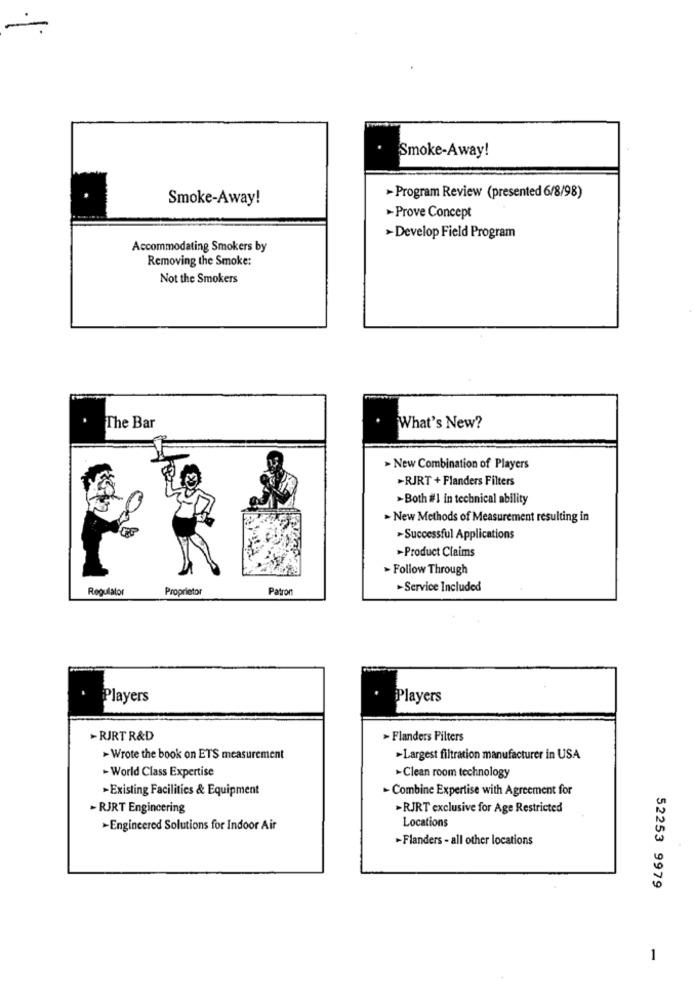
Smoke-Away!
Smoke-Away!
- Program Review (presented 6/8/98)
Prove Concept
>Develop Field Program
Accommodating Smokers by
Removing the Smoke:
Not the Smokers
The Bar
What's New?
> New Combination of Players
>RJRT + Flanders Filters
>Both il in technical ability
> New Methods of Measurement resulting in
Successful Applications
>Product Claims
> Follow Through
Regulator
Proprietor
Patron
>Service Included
Players
Players
-RJRT R&D
> Flanders Pilters
> Wrote the book on ETS measurement
»Largest filtration manufacturer in USA
- World Class Expertise
-Clean room technology
-Existing Facilities & Equipment
- Combine Expertise with Agreement for
- RJRT Engineering
-RJRT exclusive for Age Restricted
Locations
-Engineered Solutions for Indoor Air
-Flanders - all other locations
52253 9979
1